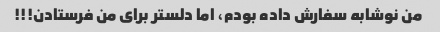
من نوشابه سفارش داده بودم، اما دلستر برای من فرستادن!!!